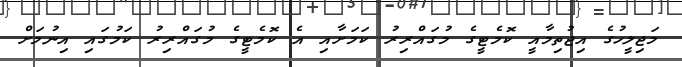
މަޖިލީހުގެ އިޖުތިމާއީ ކޮމެޓީގެ މުގައްރިރު ކަމަށާއި އެ ކޮމެޓީގެ މުގައްރިރު ކަމުގައި އިނުމަށް